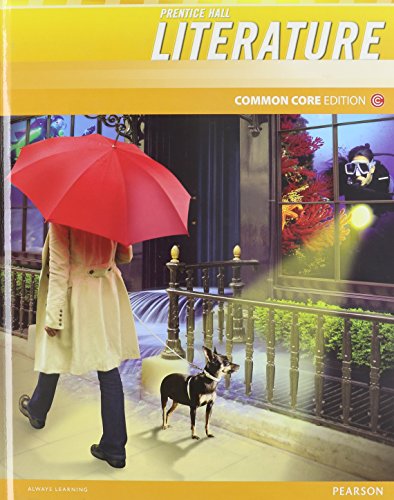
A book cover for Prentice Hall Literature: Common Core Edition, Grade 6; Grant Wiggins; Children's Books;